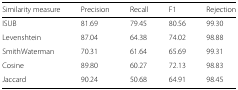
| Similarity measure | Precision | Recall | F1 | Rejection |
 | --- | --- | --- | --- | --- |
 | ISUB | 81.69 | 79.45 | 80.56 | 99.30 |
 | Levenshtein | 87.04 | 64.38 | 74.02 | 98.88 |
 | SmithWaterman | 70.31 | 61.64 | 65.69 | 99.31 |
 | Cosine | 89.80 | 60.27 | 72.13 | 98.83 |
 | Jaccard | 90.24 | 50.68 | 64.91 | 98.45 |